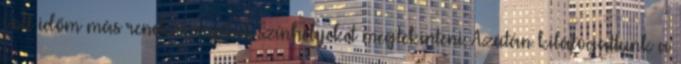
volt időm más rendezvényeket, színhelyeket megtekinteni. Azután kilátogattunk a